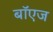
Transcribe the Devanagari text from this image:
बॉएज